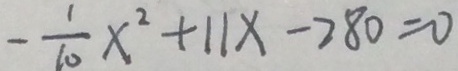
- \frac { 1 } { 1 0 } x ^ { 2 } + 1 1 x - 2 8 0 = 0